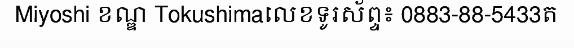
Miyoshi ខណ្ឌ Tokushimaលេខទូរស័ព្ទ៖ 0883-88-5433ត